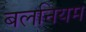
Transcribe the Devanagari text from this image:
बलनियम